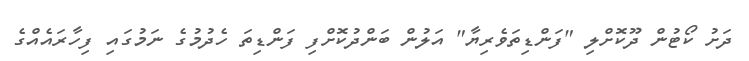
ދަށު ކޯޓުން ދޫކޮށްލި "ފަންޑިތަވެރިޔާ" އަލުން ބަންދުކޮށްފި ފަންޑިތަ ހެދުމުގެ ނަމުގައި ފިހާރައެއްގެ